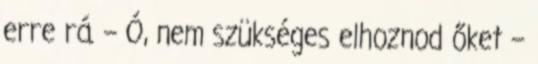
erre rá. – Ó, nem szükséges elhoznod őket –